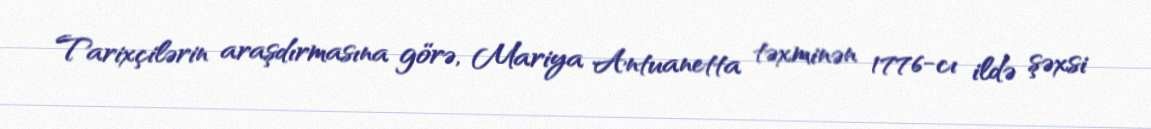
Tarixçilərin araşdırmasına görə, Mariya Antuanetta təxminən 1776-cı ildə şəxsi